Annual report of the Madras Medical College
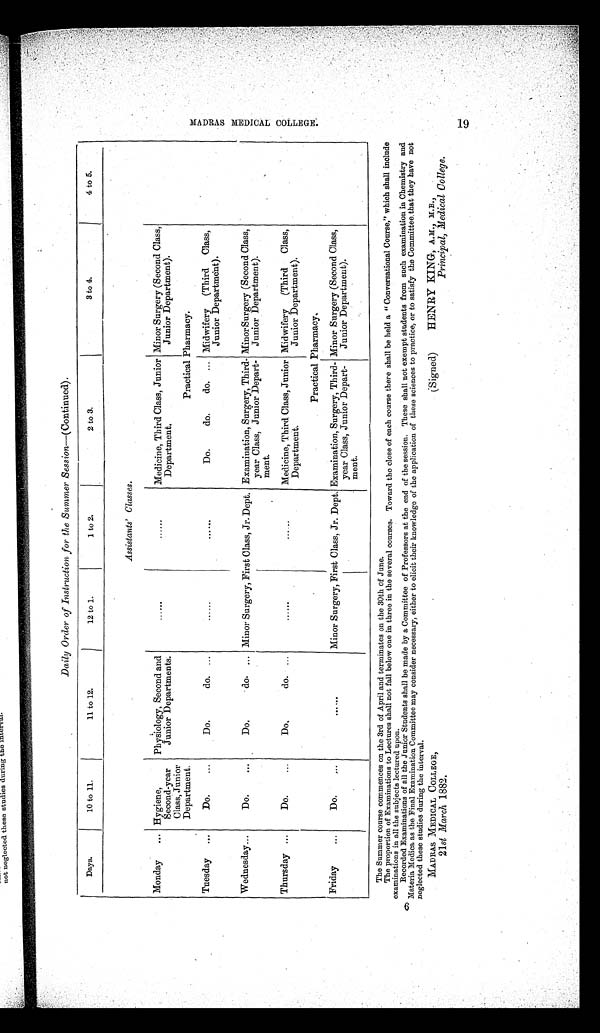
a
Daily Order of Instruction for the Summer Session —(Continued).
Days.
10 to 11.
11 to 12.
12 to 1.
1 to 2.
2 to 3.
3 to 4.
4 to 5.
Assistants’ Classes.
Monday
... Hygiene,
Second-year
Class, Junior D e p a r t m e n t .
Physiology, Second and
Junior Departments.
. . . . . .
......
Medicine, Third Class, Junior
Department.
Minor Surgery (Second Class,
Junior Department).
Practical Pharmacy.
Tuesday
...
Do.
...
Do.
do. ..
. . . . . .
......
Do.
do.
do. ... Midwifery (Third
Class,
Junior Department).
Wednesday...
Do.
...
Do.
do. ... Minor Surgery, First Class, Jr. Dept. Examination, Surgery, Third-
year Class, Junior Depart-
ment.
MinorSurgery (Second Class,
Junior Department).
Thursday ...
Do.
...
Do.
do. ...
......
. . . . . .
Medicine, Third Class, Junior
Department.
Midwifery (Third
Class,
Junior Department).
P r a c t i c a l P h a r m a c y .
Friday
...
Do.
...
.....
Minor Surgery, First Class, Jr. Dept. Examination, Surgery, Third-
year Class, Junior Depart-
ment.
Minor Surgery (Second Class,
Junior Department).
The Summer course commences on the 3rd of April and terminates on the 30th of June.
The proportion of Examinations to Lectures shall not fall below one in three in the several courses. Toward the close of each course there shall be held a "Conversational Course," which shall include
examinations in all the subjects lectured upon.
Recorded Examinations of all the Junior Students shall be made by a Committee of Professors at the end of the session. These shall not exempt students from such examination in Chemistry and
Materia Medica as the Final Examination Committee may consider necessary, either to elicit their knowledge of the application of these sciences to practice, or to satisfy the Committee. that they have not
neglected these studies during the interval.
MADRAS MEDICAL COLLEGE,
(Signed)
HENRY KING, A.M., M.B.,
21st March 1882.
Principal, Medical College.
MADRAS MEDI CAL
COLLEGE. 19